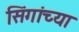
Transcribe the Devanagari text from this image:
सिंगांच्या